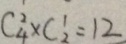
C ^ { 2 } _ { 4 } \times C ^ { 1 } _ { 2 } = 1 2